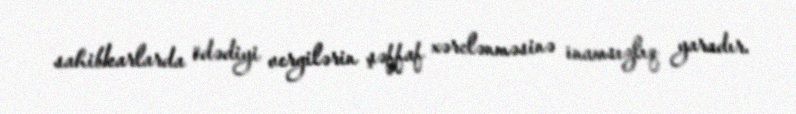
sahibkarlarda ödədiyi vergilərin şəffaf xərclənməsinə inamsızlıq yaradır.